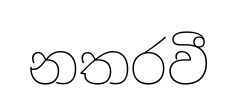
නතරවී